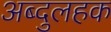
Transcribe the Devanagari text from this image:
अब्दुलहक